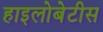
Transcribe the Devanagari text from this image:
हाइलोबेटीस